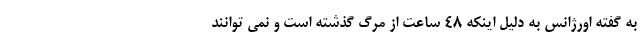
به گفته اورژانس به دلیل اینکه ۴۸ ساعت از مرگ گذشته است و نمی توانند